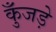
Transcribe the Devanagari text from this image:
कुँजड़े